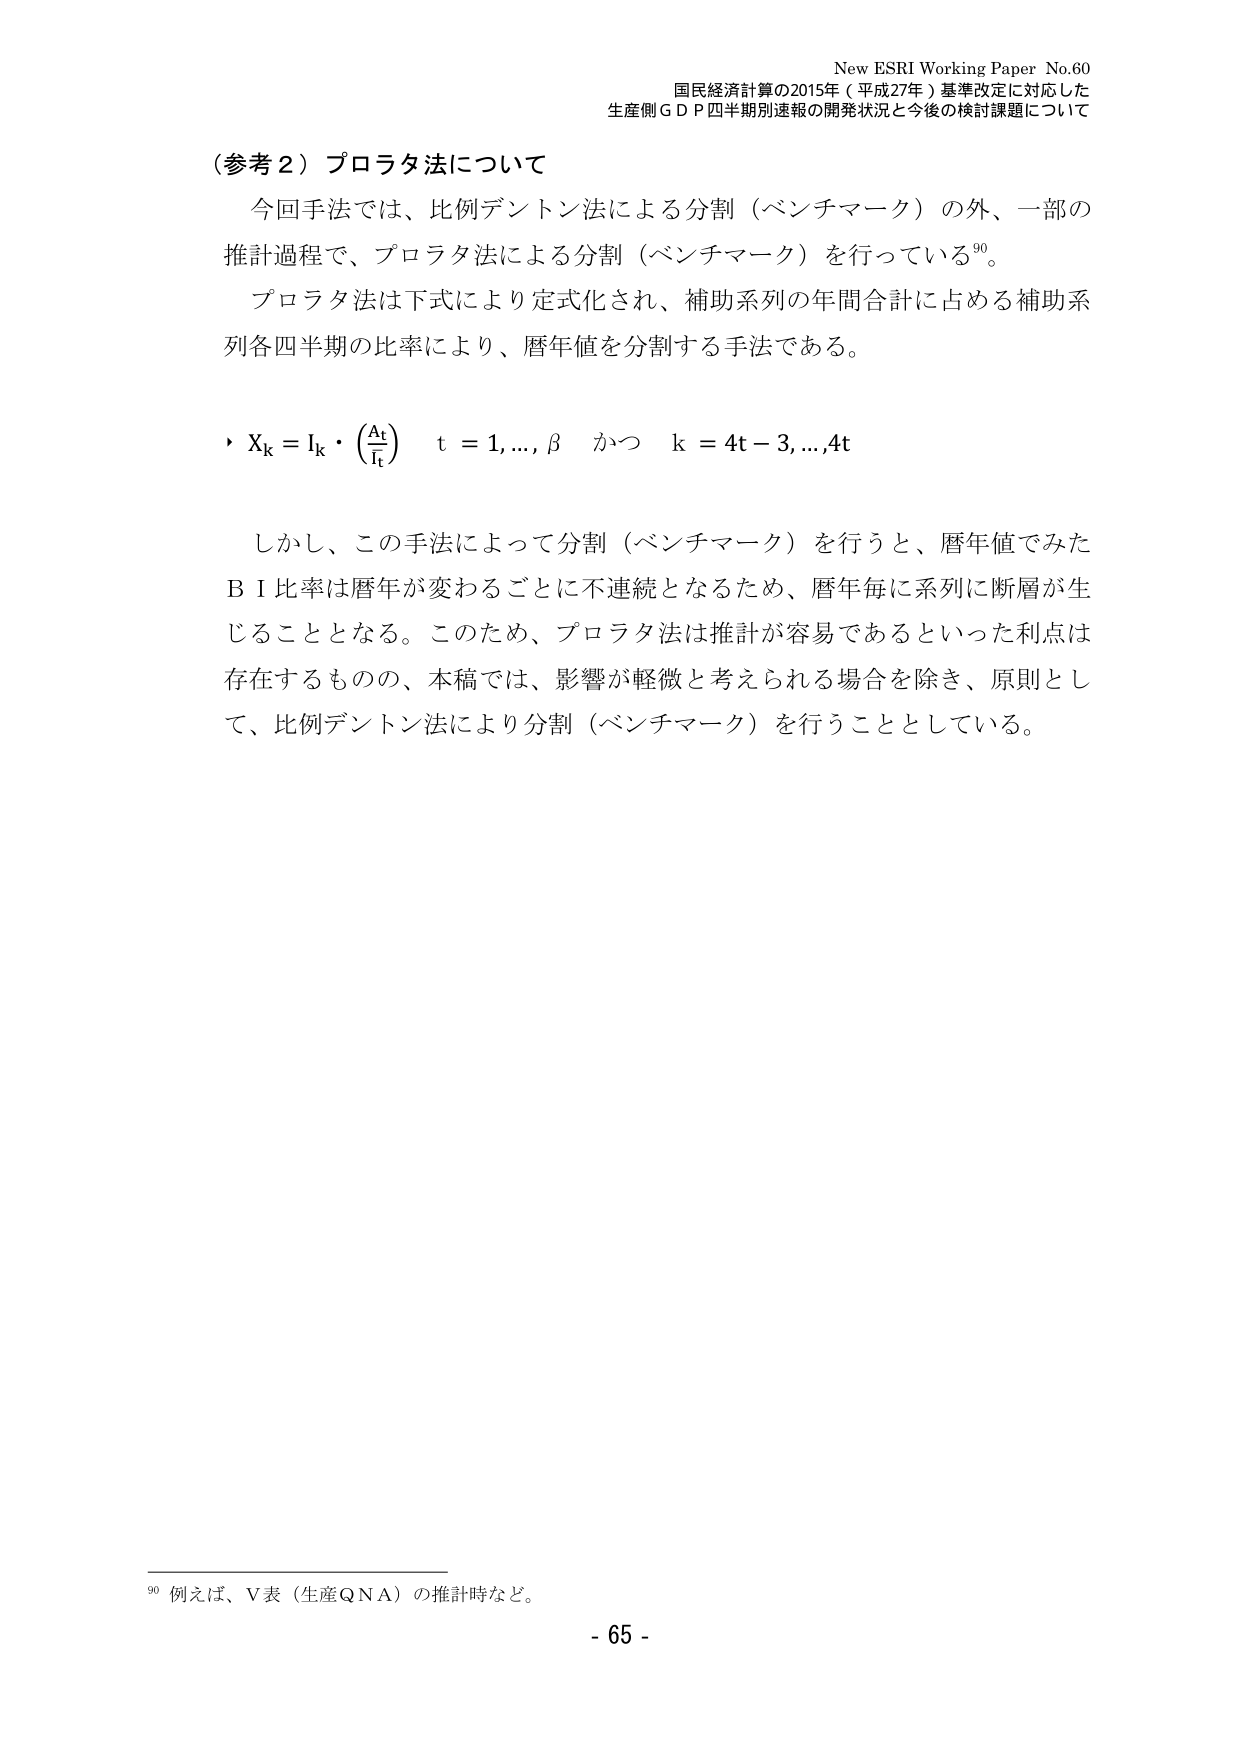
New ESRI Working Paper No.60
国民経済計算の2015年（平成27年）基準改定に対応した
生産側ＧＤＰ四半期別速報の開発状況と今後の検討課題について

（参考２）プロラタ法について
今回手法では、比例デントン法による分割（ベンチマーク）の外、一部の
推計過程で、プロラタ法による分割（ベンチマーク）を行っている⁹⁰。
プロラタ法は下式により定式化され、補助系列の年間合計に占める補助系
列各四半期の比率により、暦年値を分割する手法である。

・ Xₖ = Iₖ・(Aₜ/Iₜ)　t = 1,..., β　かつ　k = 4t−3,..., 4t

しかし、この手法によって分割（ベンチマーク）を行うと、暦年値でみた
ＢＩ比率は暦年が変わるごとに不連続となるため、暦年毎に系列に断層が生
じることとなる。このため、プロラタ法は推計が容易であるといった利点は
存在するものの、本稿では、影響が軽微と考えられる場合を除き、原則とし
て、比例デントン法により分割（ベンチマーク）を行うこととしている。

⁹⁰ 例えば、Ｖ表（生産ＱＮＡ）の推計時など。
- 65 -